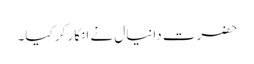
حضرت دانیال نے انکار کر کیا۔